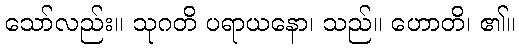
သော်လည်း။ သုဂတိ ပရာယနော၊ သည်။ ဟောတိ၊ ၏။